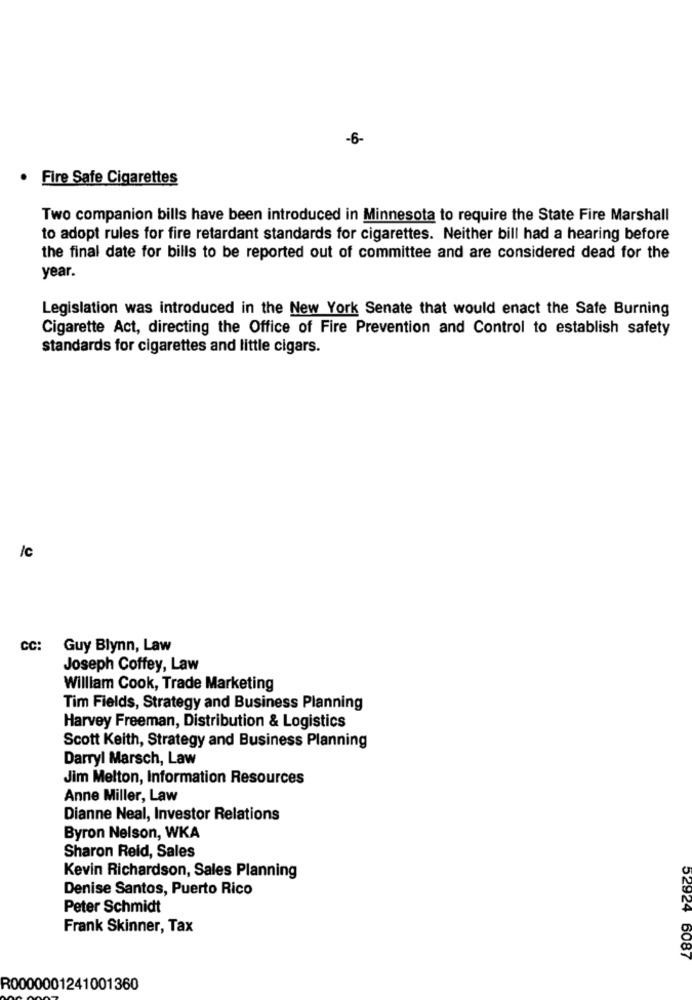
-6-
· Fire Safe Cigarettes
Two companion bills have been introduced in Minnesota to require the State Fire Marshall
to adopt rules for fire retardant standards for cigarettes. Neither bill had a hearing before
the final date for bills to be reported out of committee and are considered dead for the
year.
Legislation was introduced in the New York Senate that would enact the Safe Burning
Cigarette Act, directing the Office of Fire Prevention and Control to establish safety
standards for cigarettes and little cigars.
/c
CC: Guy Blynn, Law
Joseph Coffey, Law
William Cook, Trade Marketing
Tim Fields, Strategy and Business Planning
Harvey Freeman, Distribution & Logistics
Scott Keith, Strategy and Business Planning
Darryl Marsch, Law
Jim Melton, Information Resources
Anne Miller, Law
Dianne Neal, Investor Relations
Byron Nelson, WKA
Sharon Reid, Sales
Kevin Richardson, Sales Planning
Denise Santos, Puerto Rico
Peter Schmidt
Frank Skinner, Tax
52924 6087
R0000001241001360